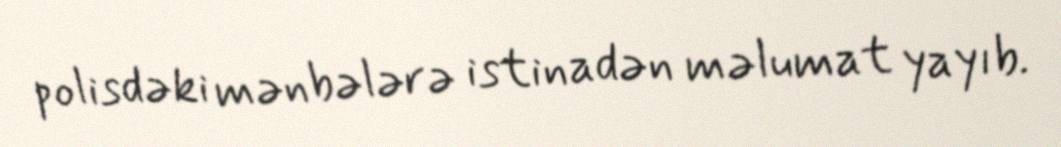
polisdəki mənbələrə istinadən məlumat yayıb.